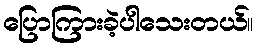
ပြောကြားခဲ့ပါသေးတယ်။